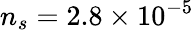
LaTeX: n_{s}=2.8\times 10^{-5}